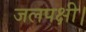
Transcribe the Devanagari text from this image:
जलपक्षी।